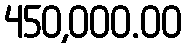
450,000.00